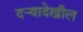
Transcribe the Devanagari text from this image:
दर्‍यादेखील